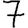
Digit: 7